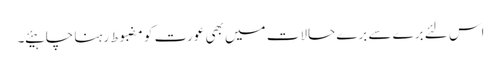
اس لئے برے سے برے حالات میں بھی عورت کو مضبوط رہنا چاہیئے ۔